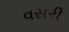
વસરી